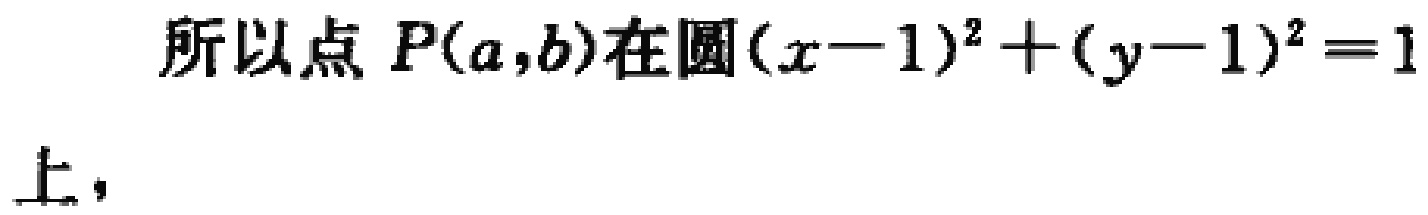
所以点 \(P(a,b)\)在圆\((x - 1)^2+(y - 1)^2 = 1\)上，